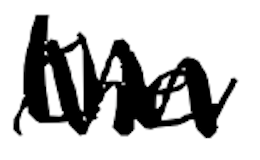
Text: the
Cross-out: zig-zag
Writing tool: digital_black